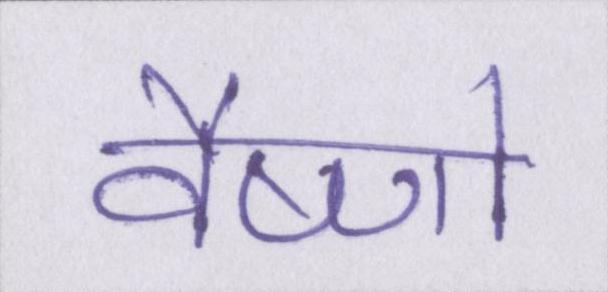
वैष्णो